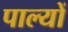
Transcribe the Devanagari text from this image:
पाल्यों